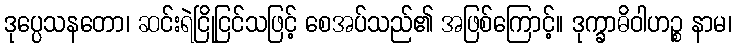
ဒုပ္ပေသနတော၊ ဆင်းရဲငြိုငြင်သဖြင့် စေအပ်သည်၏ အဖြစ်ကြောင့်။ ဒုက္ခာဓိဝါဟဉ္စ နာမ၊